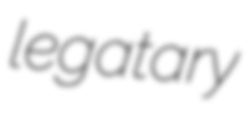
legatary